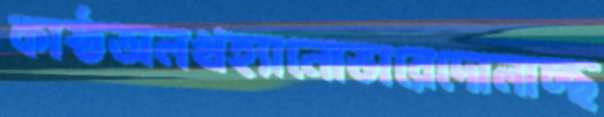
কাষ্ঠঅলখহ্যানোভারেদোলাচ্ছ